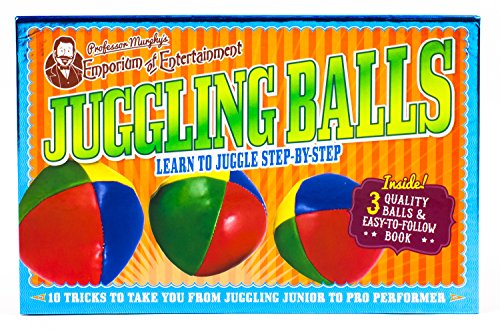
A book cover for Professor Murphy's Juggling Balls (Professor Murphy's Emporium of Entertainment); Parragon Books; Sports & Outdoors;